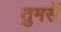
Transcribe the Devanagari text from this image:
तुमसें